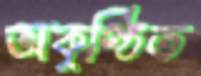
অকুণ্ঠিত